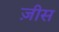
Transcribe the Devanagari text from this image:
ज़ीस